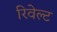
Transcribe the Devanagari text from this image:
रिवेल्ट